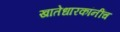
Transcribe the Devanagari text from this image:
खातेधारकांनींच